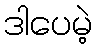
ဒါပေမဲ့